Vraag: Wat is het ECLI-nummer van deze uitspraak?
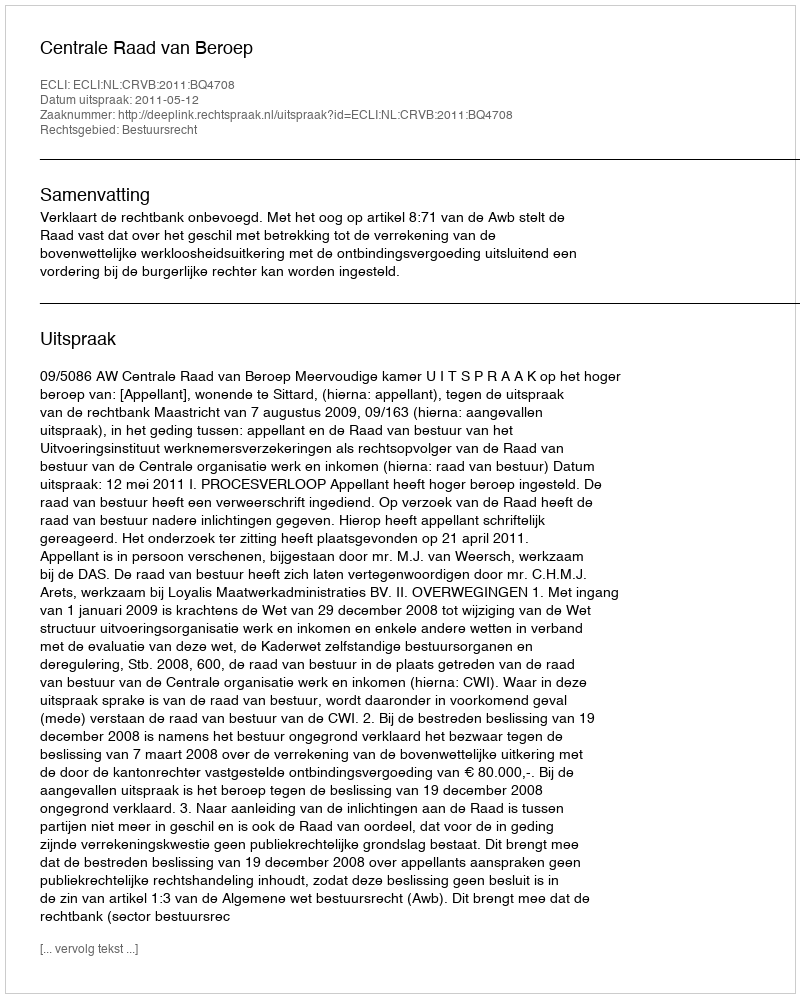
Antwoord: ECLI:NL:CRVB:2011:BQ4708